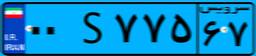
۰۰S۷۷۵۶۷